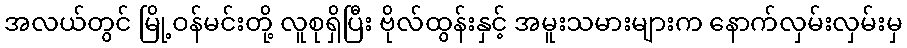
အလယ်တွင် မြို့ဝန်မင်းတို့ လူစုရှိပြီး ဗိုလ်ထွန်းနှင့် အမူးသမားများက နောက်လှမ်းလှမ်းမှ